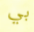
بي